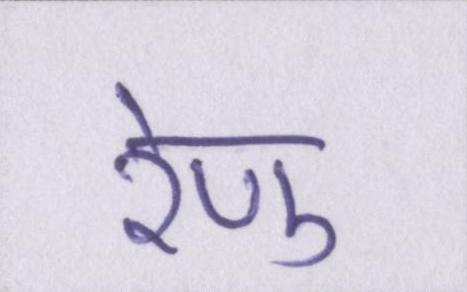
रेणु